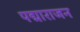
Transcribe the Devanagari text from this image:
पद्माराजन